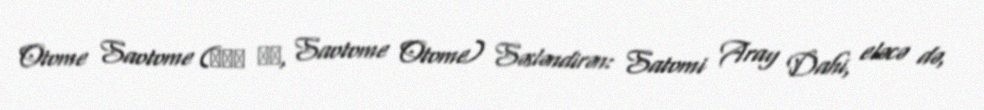
Otome Saotome (早乙女 乙女, Saotome Otome) Səsləndirən: Satomi Aray Dahi, eləcə də,